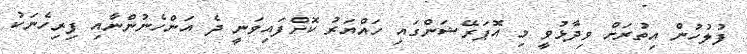
ފުލުހުން އިތުރަށް ވިދާޅުވީ މި އޮޕަރޭޝަންގައި ހައްޔަރު ކޮށްފައިވަނީ ދެ އަންހެނުންނާއި ފިރިހެނަކު